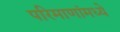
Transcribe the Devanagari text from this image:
परिमाणांमध्ये